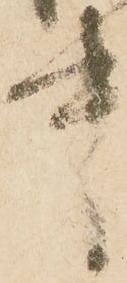
中